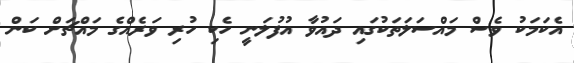
އެކަމަކު ވެސް މައްސަލަތަކުގައި ދައުވާ އުފުލަނީ ހެކި ހުރި ވަރެއްގެ މައްޗަށް ކަން